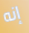
إنه